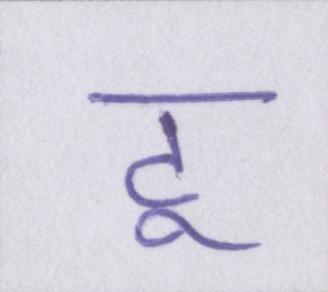
टू